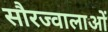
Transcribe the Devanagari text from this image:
सौरज्वालाओं